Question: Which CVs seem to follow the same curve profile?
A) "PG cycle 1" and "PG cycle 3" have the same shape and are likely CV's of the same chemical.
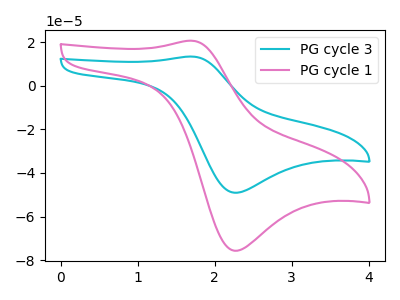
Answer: <think>The cyan curve "PG cycle 3" has an anodic peak at (1.70V, 13.40uA) and a cathodic peak at (2.25V, -49.10uA). The pink curve "PG cycle 1" has an anodic peak at (1.70V, 20.65uA) and a cathodic peak at (2.25V, -75.70uA).
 All the peaks in "PG cycle 3" have a peak in "PG cycle 1" at the same potential. Every peak in "PG cycle 3" is lower than every peak in "PG cycle 1".</think>
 <answer>A) "PG cycle 1" and "PG cycle 3" have the same shape and are likely CV's of the same chemical.</answer>
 <eval>A</eval>